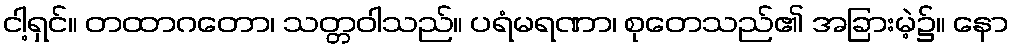
ငါ့ရှင်။ တထာဂတော၊ သတ္တဝါသည်။ ပရံမရဏာ၊ စုတေသည်၏ အခြားမဲ့၌။ နော